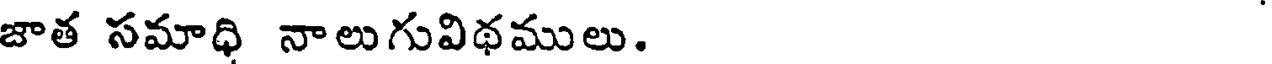
జాత సమాధి నాలుగువిథములు.